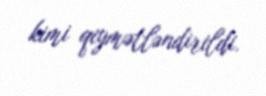
kimi qiymətləndirildi.